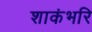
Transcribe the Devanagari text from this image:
शाकंभरि